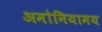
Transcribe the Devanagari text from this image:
अमोनियामय